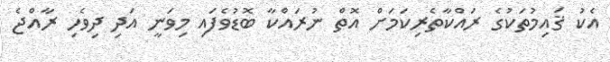
އެކު ޤައިމުތަކުގެ ރައްކާތެރިކަމަށް އޮތް ނުރައްކާ ބޮޑުވެފައި މިވަނީ އަދި ދިވެހި ރާއްޖެ